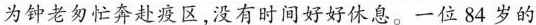
为钟老匆忙奔赴疫区，没有时间好好休息。一位84岁的